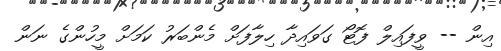
އިން -- ވީފައިލް ފޮޓޯ ގަވައިދާ ހިލާފަށް މެންބަރު ކަމަށް މީހުންގެ ނަން